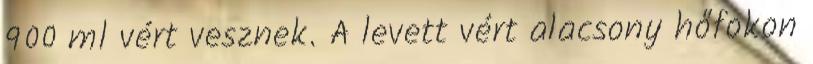
900 ml vért vesznek. A levett vért alacsony hőfokon